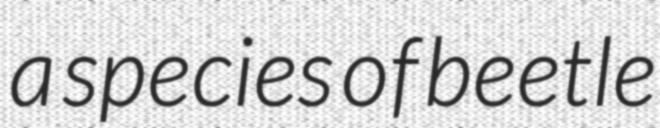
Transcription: a species of beetle